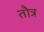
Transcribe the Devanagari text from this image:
तौत्र